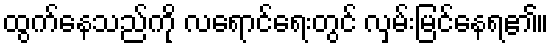
ထွက်နေသည်ကို လရောင်ရေးတွင် လှမ်းမြင်နေရ၏။